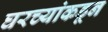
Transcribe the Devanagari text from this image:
घरच्यांकडून